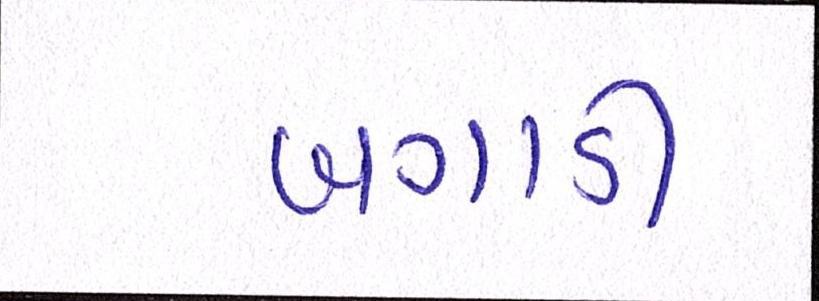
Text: બગાડી